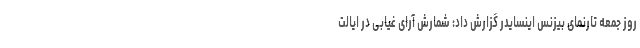
روز جمعه تارنمای بیزنس اینسایدر گزارش داد: شمارش آرای غیابی در ایالت